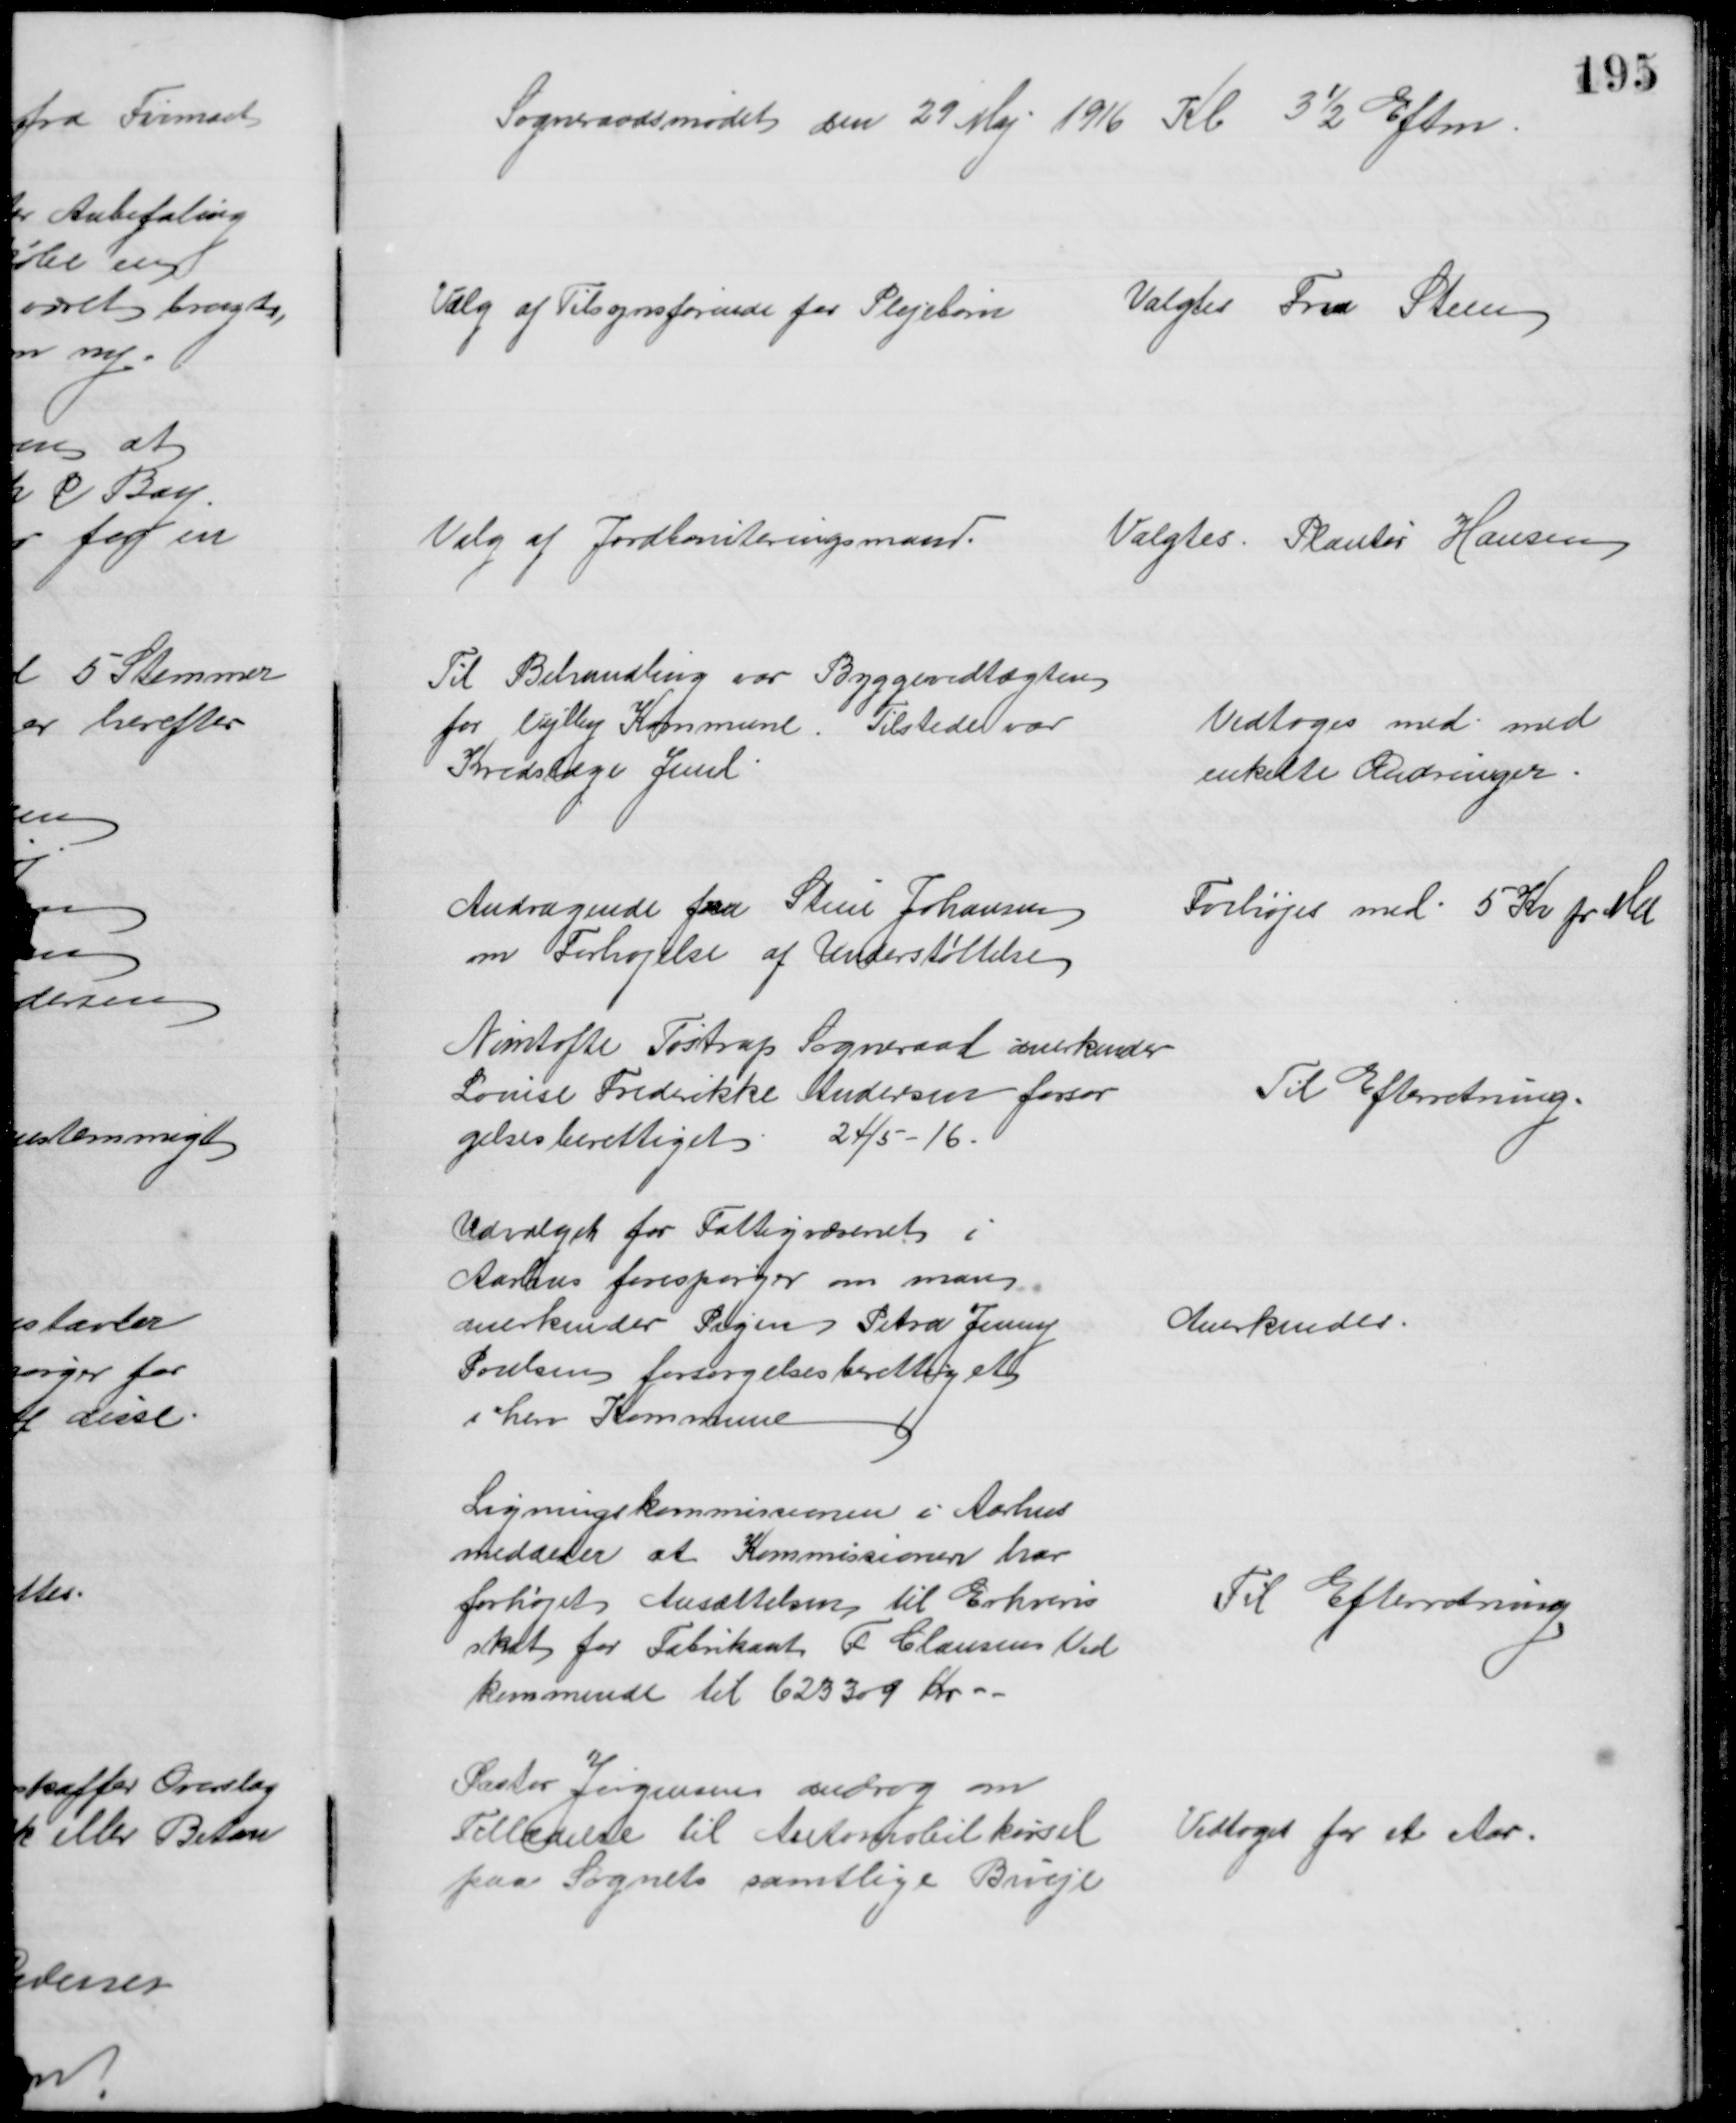
Transskription:
Sogneraadsmødet den 29 Maj 1916 Kl 3½ Eftm
Valg af Tilsynsførende for Plejebørn
Valgtes Fru Steen
Valg af Jordboniteringsmand.
Valgtes: Plantør Hansen
Til Behandling var Byggevedtægten
for Vejlby Kommune. Tilstede var
Kredslæge Juul
Vedtoges med med
enkelte Ændringer
Andragende fra Stine Johansen
om Forhøjelse af Understøttelse
Forhøjes med 5 Kr pr Md
Nimtofte Tøstrup Sogneraad anerkender
Louise Frederikke Andersen forsør
gelsesberettiget 24/5 - 16.
Til Efterretning
Udvalget for Fattigvæsenet i
Aarhus forespørger om man
anerkender Pigen Petra Jenny
Poulsen forsørgelsesberettiget
i herv Kommune
Anerkendes
Ligningskommissionen i Aarhus
meddeler at Kommissionen har
forhøjet Ansættelsen til Erhvervs
skat for Fabrikant F Clausens Ved
kommende til 623309 Kr
Til Efterretning
Pastor Jørgensen androg om
Tilladelse til Automobilkørsel
paa Sognets samtlige Biveje
Vedtoges for et Aar